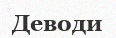
Деводи